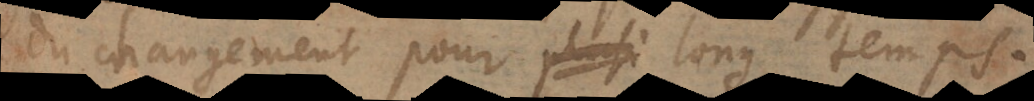
du changement pour long temps.